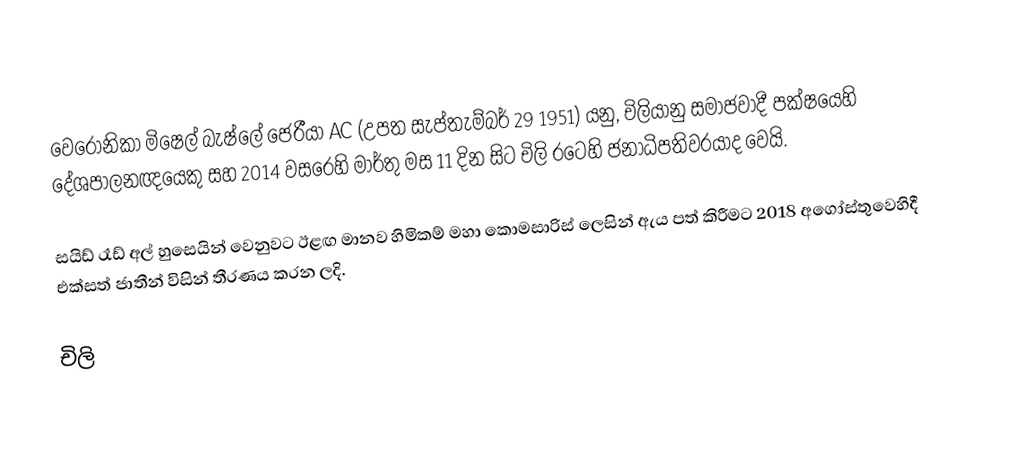
වෙරොනිකා මිෂෙල් බැෂ්ලේ ජෙරීයා AC (උපත සැප්තැම්බර් 29 1951) යනු, චිලියානු සමාජවාදී පක්ෂයෙහි දේශපාලනඥයෙකු සහ 2014 වසරෙහි මාර්තු මස 11 දින සිට  චිලි රටෙහි ජනාධිපතිවරයාද වෙයි.

සයිඩ් රෑඩ් අල් හුසෙයින් වෙනුවට ඊළඟ මානව හිමිකම් මහා කොමසාරිස් ලෙසින් ඇය පත් කිරීමට 2018 අගෝස්තුවෙහිදී එක්සත්  ජාතීන් විසින් තීරණය කරන ලදි.

චිලි